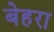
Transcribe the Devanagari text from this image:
बेहरा